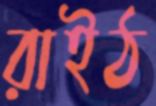
রাইঠ